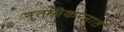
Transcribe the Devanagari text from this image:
नूतनीकरनात